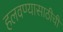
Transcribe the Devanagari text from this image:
हलवण्यासाठीची